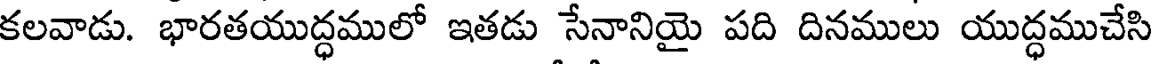
కలవాడు. భారతయుద్ధములో ఇతడు సేనానియై పది దినములు యుద్ధముచేసి